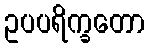
ဥပပရိက္ခတော